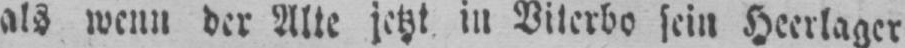
als wenn der Alte jetzt in Viterbo sein Heerlager